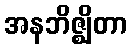
အနဘိဇ္ဈိတာ